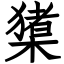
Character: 橥